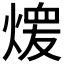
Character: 𱫶